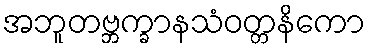
အဘူတဗ္ဘက္ခာနသံဝတ္တနိကော